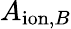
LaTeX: A_{\mathrm{ion},B}